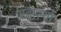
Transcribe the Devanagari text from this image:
अवास्थों